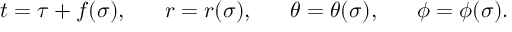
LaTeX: t = \tau + f ( \sigma ) , \; \; \; \; \; \; r = r ( \sigma ) , \; \; \; \; \; \; \theta = \theta ( \sigma ) , \; \; \; \; \; \; \phi = \phi ( \sigma ) .